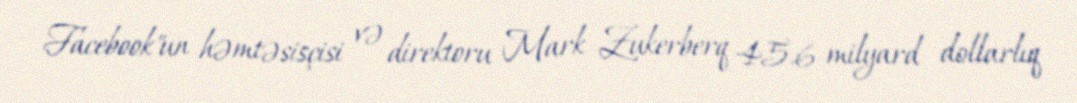
Facebook"un həmtəsisçisi və direktoru Mark Zukerberq 45.6 milyard dollarlıq